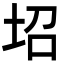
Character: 𡊱